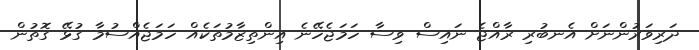
ދަރިވަރުންނަށް އެނބުރި ރާއްޖެ ނައިސް ވިސާ ހަމަޖެހޭނެ އިންތިޒާމުތަކެއް ހަމަޖެއްސުމާ ގުޅޭ ގޮތުން